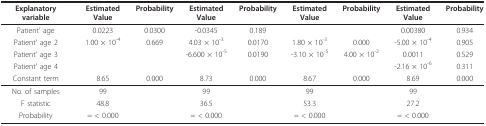
<table><thead><tr><td><b>Explanatory variable</b></td><td><b>Estimated Value</b></td><td><b>Probability</b></td><td><b>Estimated Value</b></td><td><b>Probability</b></td><td><b>Estimated Value</b></td><td><b>Probability</b></td><td><b>Estimated Value</b></td><td><b>Probability</b></td></tr></thead><tbody><tr><td>Patient&#x27; age</td><td>0.0223</td><td>0.0300</td><td>-0.0345</td><td>0.189</td><td></td><td></td><td>0.00380</td><td>0.934</td></tr><tr><td>Patient&#x27; age 2</td><td>1.00 × 10<sup>-4</sup></td><td>0.669</td><td>4.03 × 10<sup>-3</sup></td><td>0.0170</td><td>1.80 × 10<sup>-3</sup></td><td>0.000</td><td>-5.00 × 10<sup>-4</sup></td><td>0.905</td></tr><tr><td>Patient&#x27; age 3</td><td></td><td></td><td>-6.600 × 10<sup>-5</sup></td><td>0.0190</td><td>-3.10 × 10<sup>-5</sup></td><td>4.00 × 10<sup>-2</sup></td><td>0.0011</td><td>0.529</td></tr><tr><td>Patient&#x27; age 4</td><td></td><td></td><td></td><td></td><td></td><td></td><td>-2.16 × 10<sup>-6</sup></td><td>0.311</td></tr><tr><td>Constant term</td><td>8.65</td><td>0.000</td><td>8.73</td><td>0.000</td><td>8.67</td><td>0.000</td><td>8.69</td><td>0.000</td></tr><tr><td>No. of samples</td><td>99</td><td></td><td>99</td><td></td><td>99</td><td></td><td>99</td><td></td></tr><tr><td>F statistic</td><td>48.8</td><td></td><td>36.5</td><td></td><td>53.3</td><td></td><td>27.2</td><td></td></tr><tr><td>Probability</td><td>= &lt; 0.000</td><td></td><td>= &lt; 0.000</td><td></td><td>= &lt; 0.000</td><td></td><td>= &lt; 0.000</td><td></td></tr></tbody></table>